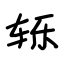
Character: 轹